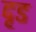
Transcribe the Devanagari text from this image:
दृड